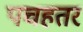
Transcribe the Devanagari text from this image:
पचहतर